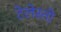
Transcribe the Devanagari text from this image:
टेलेस्तो